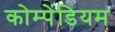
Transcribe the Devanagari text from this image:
कोम्पेंडियम